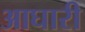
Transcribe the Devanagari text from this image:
आघारी